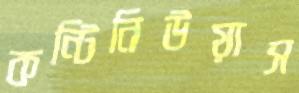
কন্টিনিউয়াস